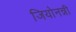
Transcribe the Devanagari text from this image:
जियोनन्नी